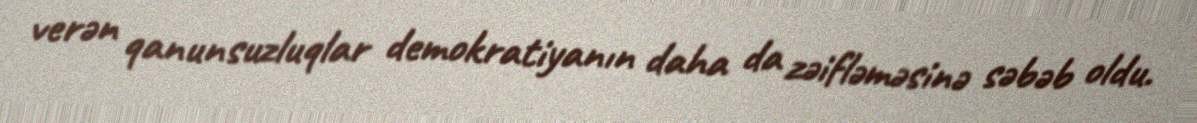
verən qanunsuzluqlar demokratiyanın daha da zəifləməsinə səbəb oldu.